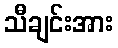
သီချင်းအား